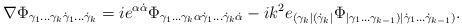
LaTeX: \begin{align*}\nabla \Phi_{\gamma_1 \ldots \gamma_k \dot\gamma_1 \ldots\dot\gamma_k} = ie^{\alpha\dot\alpha} \Phi_{\gamma_1 \ldots \gamma_k \alpha\dot\gamma_1 \ldots \dot\gamma_k \dot\alpha} - i k^2 e_{(\gamma_k|(\dot\gamma_k| } \Phi_{|\gamma_1 \ldots \gamma_{k-1}) |\dot\gamma_1 \ldots\dot\gamma_{k-1})}.\end{align*}